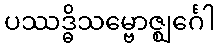
ပဿဒ္ဓိသမ္ဗောဇ္ဈင်္ဂေါ